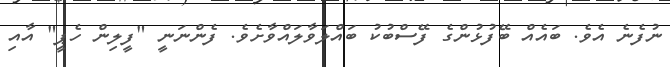
ނުފެނެ އެވެ. ބައެއް ބޭފުޅުންގެ ފޭސްބުކު ބައްލަވާލައްވާށެވެ. ފެންނަނީ "ފީލިން ހެޕީ" އާއި